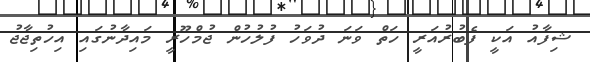
ޝިފާއު އަކީ ފެބުރުއަރީ ހަތް ވަނަ ދުވަހު ފުލުހުން ޖުމްހޫރީ މައިދާނުގައި އިހުތިޖާޖު